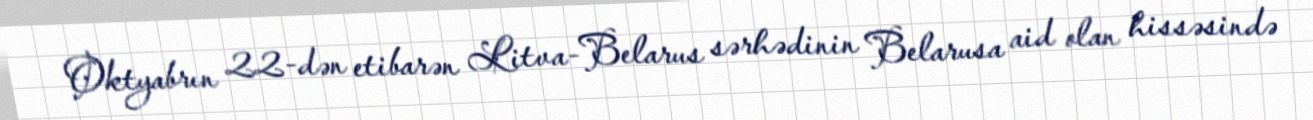
Oktyabrın 22-dən etibarən Litva-Belarus sərhədinin Belarusa aid olan hissəsində